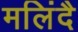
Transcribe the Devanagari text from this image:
मलिंदै